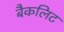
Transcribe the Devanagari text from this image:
बैकलिट